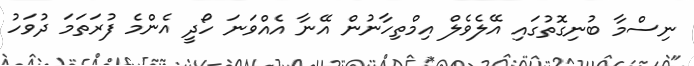
ނިސްމާ ބުނިގޮތުގައި އޭލެވެލް އިމްތިހާނުން އޭނާ އެއްވަނަ ހޯދީ އެންމެ ފުރަތަމަ ދުވަހު